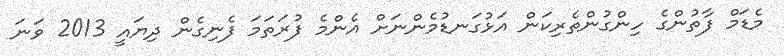
މެޑަމް ފާތުންގެ ހިންގުންތެރިކަން އަޅުގަނޑުމެންނަށް އެންމެ ފުރަތަމަ ފެނިގެން ދިޔައީ 2013 ވަނަ